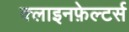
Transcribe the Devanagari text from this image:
क्लाइनफ़ेल्टर्स